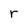
Character: r